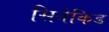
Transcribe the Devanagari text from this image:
सिनेकिड